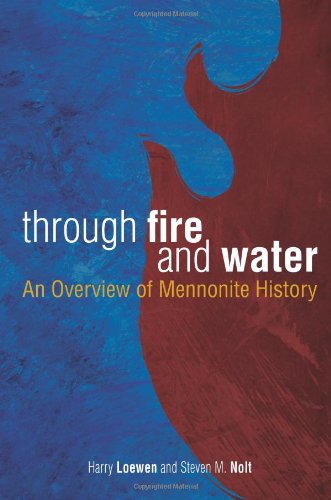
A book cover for Through Fire and Water: An Overview of Mennonite History; NOLT STEVEN M; Christian Books & Bibles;